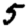
Digit: 5